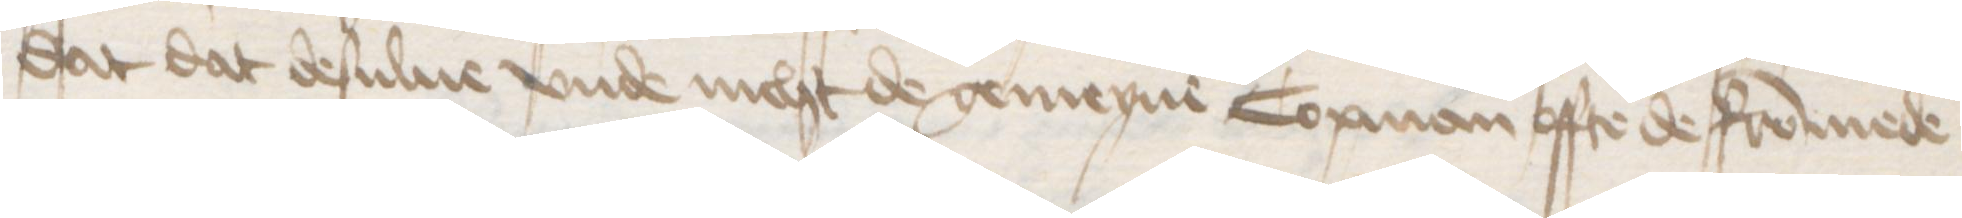
dat dat desulue vnde nicht de gemeyne Copman offte de frommede